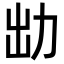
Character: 㔘